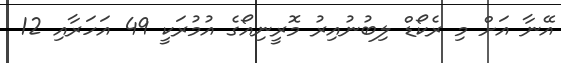
އޭނާ އަށް މި ރެކޯޑް ލިބުނުއިރު މޮރީނިއޯގެ އުމުރަކީ 49 އަހަރާއި 12